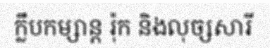
ក្លឹបកម្សាន្ត រ៉ុក និងលុច្សសារី